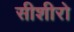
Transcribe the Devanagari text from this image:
सीशीरो